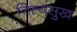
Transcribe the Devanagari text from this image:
नित्यसुख